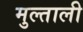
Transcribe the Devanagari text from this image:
मुल्ताली